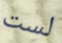
لست